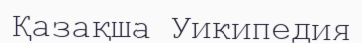
Қазақша Уикипедия